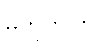
မဟုတ်ကြ